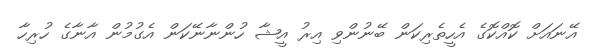
އޭނައަށް ކޮއްކޮގެ އެހީތެރިކަން ބޭނުންވި އިރު އީޝާ ހުންނާނޭކަން އެގުމުން އާނާގެ ހުރިހާ